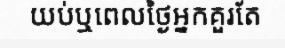
យប់ឬពេលថ្ងៃអ្នកគួរតែ